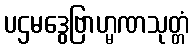
ပဌမဒွေဗြာဟ္မဏသုတ္တံ